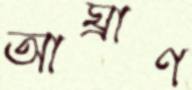
আঘ্রাণ